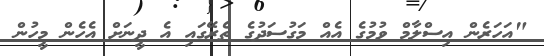
"އަހަރެން އިސްލާމް ވުމުގެ އެއް މަގުސަދުގެ ތެރޭގައި އެ ދީނަށް އެހެން މީހުން